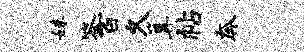
妹答百久篝帖奔